Leaving Certificate Examination, 1916
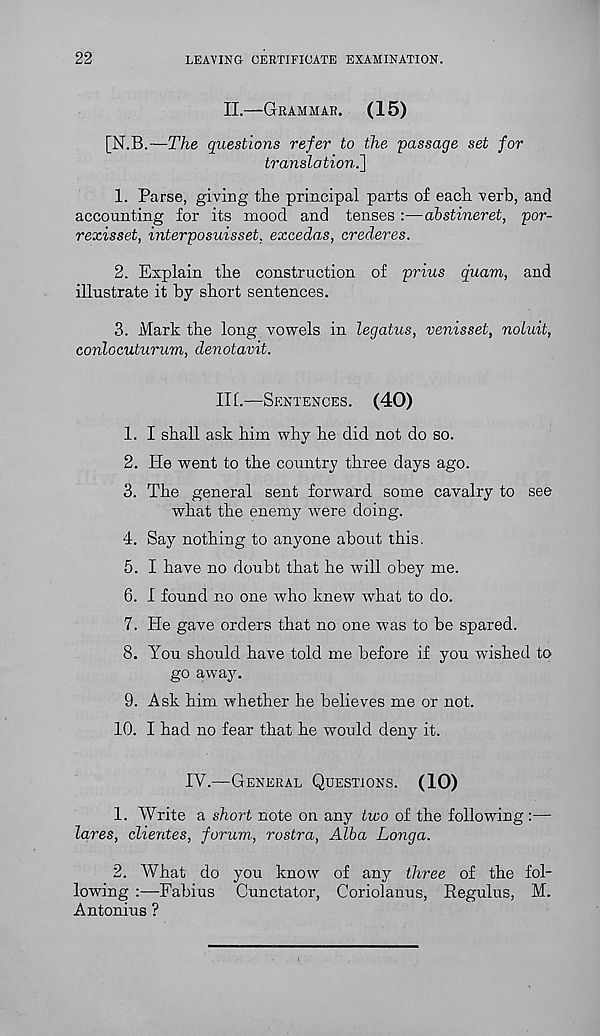
22
LEAVING CERTIFICATE EXAMINATION.
II.—GRAMMAR.
(15)
[N.B.—The questions refer to the passage set for
translation.]
1. Parse, giving the principal parts of each verb, and
accounting for its mood and tenses :—abstineret, por-
rexisset, interposuisset, exeedas, crederes.
2. Explain the construction of prius quam, and
illustrate it by short sentences.
3. Mark the long vowels in legatus, venisset, noluit,
conlocuturum, denotavit.
III.—SENTENCES. (40)
1. I shall ask him why he did not do so.
2. He went to the country three days ago.
3. The general sent forward some cavalry to see
what the enemy were doing.
4. Say nothing to anyone about this.
5. I have no doubt that he will obey me.
6. I found no one who knew what to do.
7. He gave orders that no one was to be spared.
8. You should have told me before if you wished to
go away.
9. Ask him whether he believes me or not.
10.
I had no fear that he w
IV.—GENERAL QUESTIONS. (10)
1. Write a short note on any two of the following :—
lares, clientes, forum., rostra, Alba Longa.
2. AVhat do you know of any three of the fol-
lowing :—Fabius Cunctator, Coriolanus, Regulus, M.
Antonins ?